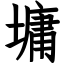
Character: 墉